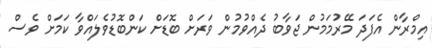
އިމްރާން އެފަދަ މޭރުމަމުން ޖަވާބު ދެއްވުމުން ވަރަށް ބޮޑަށް ކަންބޮޑުވެލައްވާ ކަމަށް ވެސް